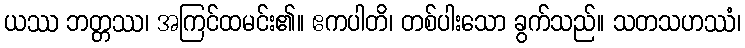
ယဿ ဘတ္တဿ၊ အကြင်ထမင်း၏။ ဧကပါတိ၊ တစ်ပါးသော ခွက်သည်။ သတသဟဿံ၊